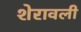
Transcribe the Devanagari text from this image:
शेरावली